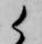
候